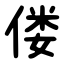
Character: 偻